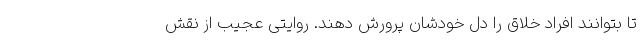
تا بتوانند افراد خلاق را دل خودشان پرورش دهند. روایتی عجیب از نقش